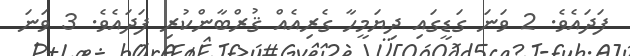
ފަދައެވެ. 2 ވަނަ ގަޑީގައި ދިޔަމީހާ ގެރިއެއް ޤުރްބާންކުރި ފަދައެވެ. 3 ވަނަ